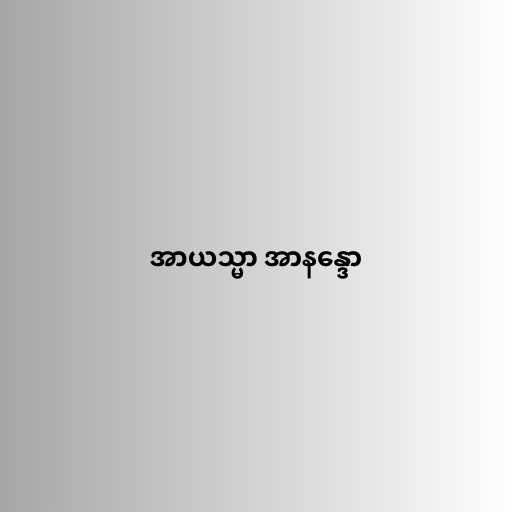
အာယသ္မာ အာနန္ဒော